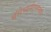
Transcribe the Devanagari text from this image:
मॅसेच्युसेट्समधील